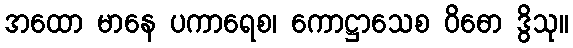
အထော မာနေ ပကာရေစ၊ ကောဋ္ဌာသေစ ဝိဓော ဒွိသု။